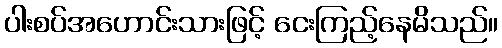
ပါးစပ်အဟောင်းသားဖြင့် ငေးကြည့်နေမိသည်။